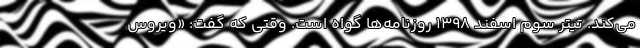
می‌کند. تیتر سوم اسفند 1398 روزنامه‌ها گواه است. وقتی که گفت: «ویروس